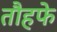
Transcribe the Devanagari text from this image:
तौहफे